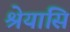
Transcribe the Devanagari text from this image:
श्रेयांसि